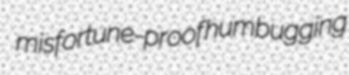
misfortune-proof humbugging